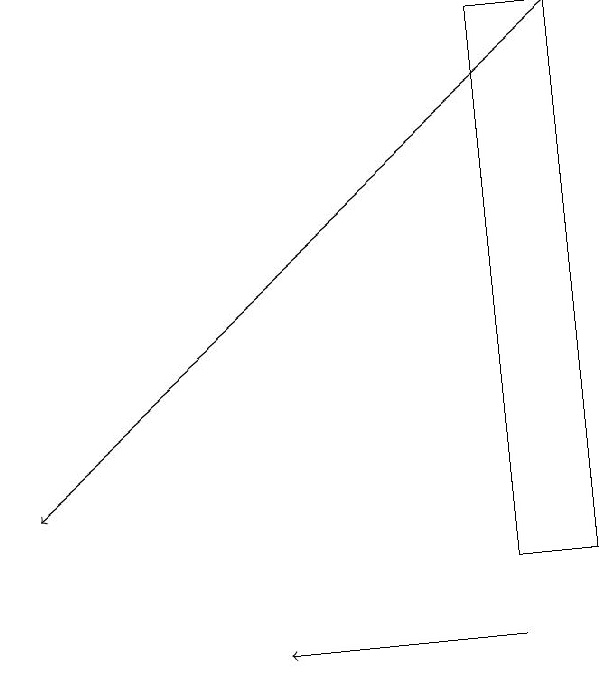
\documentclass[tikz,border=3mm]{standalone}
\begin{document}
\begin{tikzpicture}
\draw (8,19) rectangle (9,12);
\draw[->] (9,19) -- (2,13);
\draw[->] (8,11) -- (5,11);
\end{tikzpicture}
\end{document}